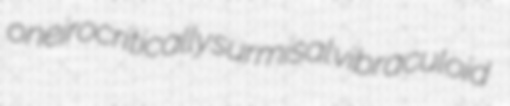
oneirocritically surmisal vibraculoid